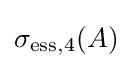
\sigma _{\mathrm {ess} ,4}(A)